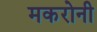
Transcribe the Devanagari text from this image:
मकरोनी